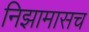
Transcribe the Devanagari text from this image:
निझामासच